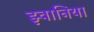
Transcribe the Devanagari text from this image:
झ्वानिया